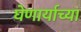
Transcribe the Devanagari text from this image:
घेणार्याच्या